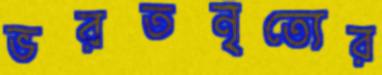
ভরতনৃত্যের